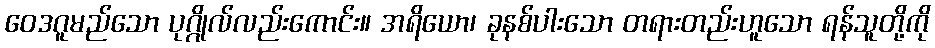
ဝေဒဂူမည်သော ပုဂ္ဂိုလ်လည်းကောင်း။ အရိယော၊ ခုနစ်ပါးသော တရားတည်းဟူသော ရန်သူတို့ကို